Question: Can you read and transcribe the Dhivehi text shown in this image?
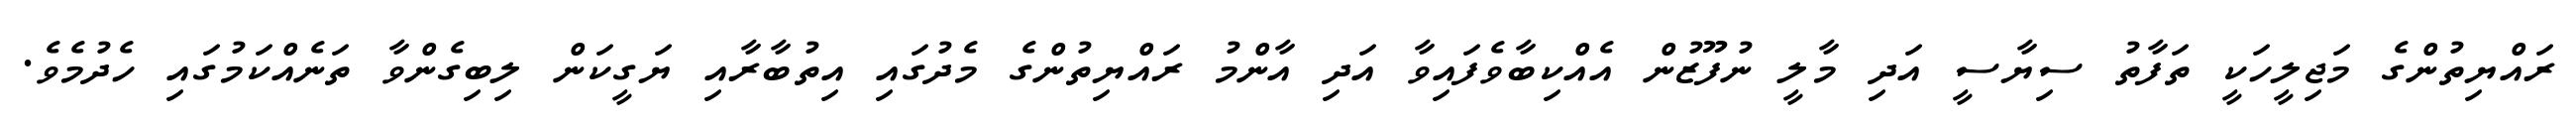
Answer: ރައްޔިތުންގެ މަޖިލީހަކީ ތަފާތު ސިޔާސީ އަދި މާލީ ނުފޫޒުން އެއްކިބާވެފައިވާ އަދި އާންމު ރައްޔިތުންގެ މެދުގައި އިތުބާރާއި ޔަގީކަން ލިބިގެންވާ ތަނެއްކަމުގައި ހެދުމެވެ.